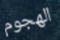
الهجوم